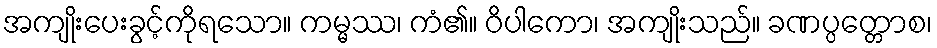
အကျိုးပေးခွင့်ကိုရသော။ ကမ္မဿ၊ ကံ၏။ ဝိပါကော၊ အကျိုးသည်။ ခဏပ္ပတ္တောစ၊